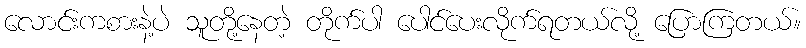
လောင်းကစားနဲ့ပဲ သူတို့နေတဲ့ တိုက်ပါ ပေါင်ပေးလိုက်ရတယ်လို့ ပြောကြတယ်။